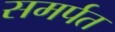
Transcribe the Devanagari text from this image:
समर्पत